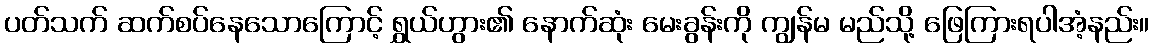
ပတ်သက် ဆက်စပ်နေသောကြောင့် ရွှယ်ဟွား၏ နောက်ဆုံး မေးခွန်းကို ကျွန်မ မည်သို့ ဖြေကြားရပါအံ့နည်း။